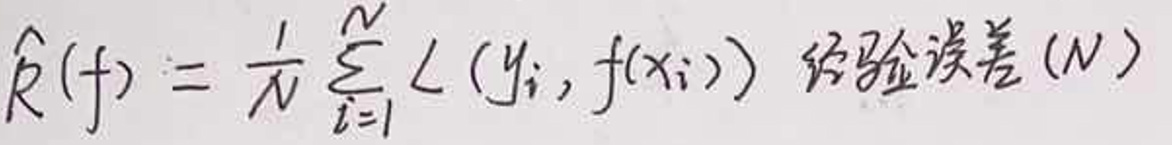
$\hat{R}(f)=\frac{1}{N}\sum_{i = 1}^{N} \mathcal{L}(y_i, f(x_i)) $经验误差(N)